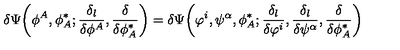
\delta \Psi \bigg ( \phi ^ { A } , \phi _ { A } ^ { * } ; \frac { \delta _ { l } } { \delta \phi ^ { A } } , \frac { \delta } { \delta \phi _ { A } ^ { * } } \bigg ) = \delta \Psi \bigg ( \varphi ^ { i } , \psi ^ { \alpha } , \phi _ { A } ^ { * } ; \frac { \delta _ { l } } { \delta \varphi ^ { i } } , \frac { \delta _ { l } } { \delta \psi ^ { \alpha } } , \frac { \delta } { \delta \phi _ { A } ^ { * } } \bigg )